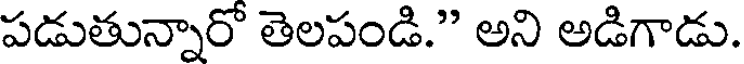
పడుతున్నారో తెలపండి." అని అడిగాడు.